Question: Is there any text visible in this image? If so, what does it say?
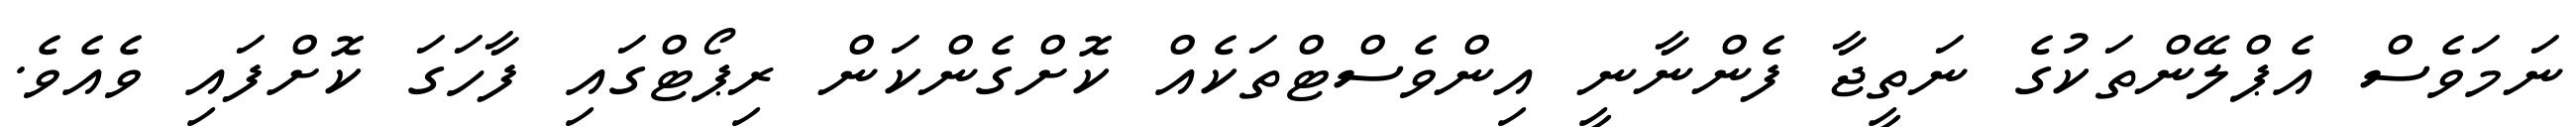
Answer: ނަމަވެސް އެޕްލޭންތަކުގެ ނަތީޖާ ފެންނާނީ އިންވެސްޓްތަކެއް ކޮށްގެންކަން ރިޕޯޓްގައި ފާހަގަ ކޮށްފައި ވެއެވެ.